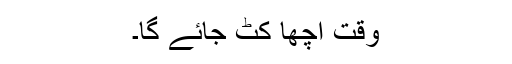
وقت اچھا کٹ جائے گا۔